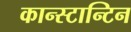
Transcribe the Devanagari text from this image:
कान्स्टान्टिन